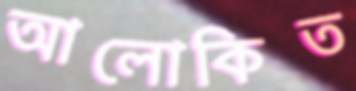
আলোকিত